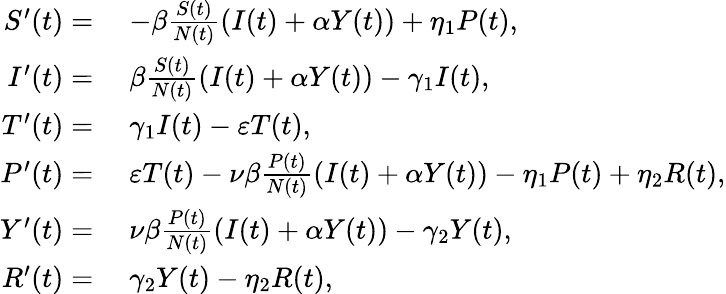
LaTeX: \begin{array}{rl}{S^{\prime}(t)=}&{\; -\beta\frac{S(t)}{N(t)}(I(t)+\alpha Y(t))+\eta_{1}P(t),}\\ {I^{\prime}(t)=}&{\; \beta\frac{S(t)}{N(t)}(I(t)+\alpha Y(t))-\gamma_{1}I(t),}\\ {T^{\prime}(t)=}&{\; \gamma_{1}I(t)-\varepsilon T(t),}\\ {P^{\prime}(t)=}&{\; \varepsilon T(t)-\nu\beta\frac{P(t)}{N(t)}(I(t)+\alpha Y(t))-\eta_{1}P(t)+\eta_{2}R(t),}\\ {Y^{\prime}(t)=}&{\; \nu\beta\frac{P(t)}{N(t)}(I(t)+\alpha Y(t))-\gamma_{2}Y(t),}\\ {R^{\prime}(t)=}&{\; \gamma_{2}Y(t)-\eta_{2}R(t),}\end{array}